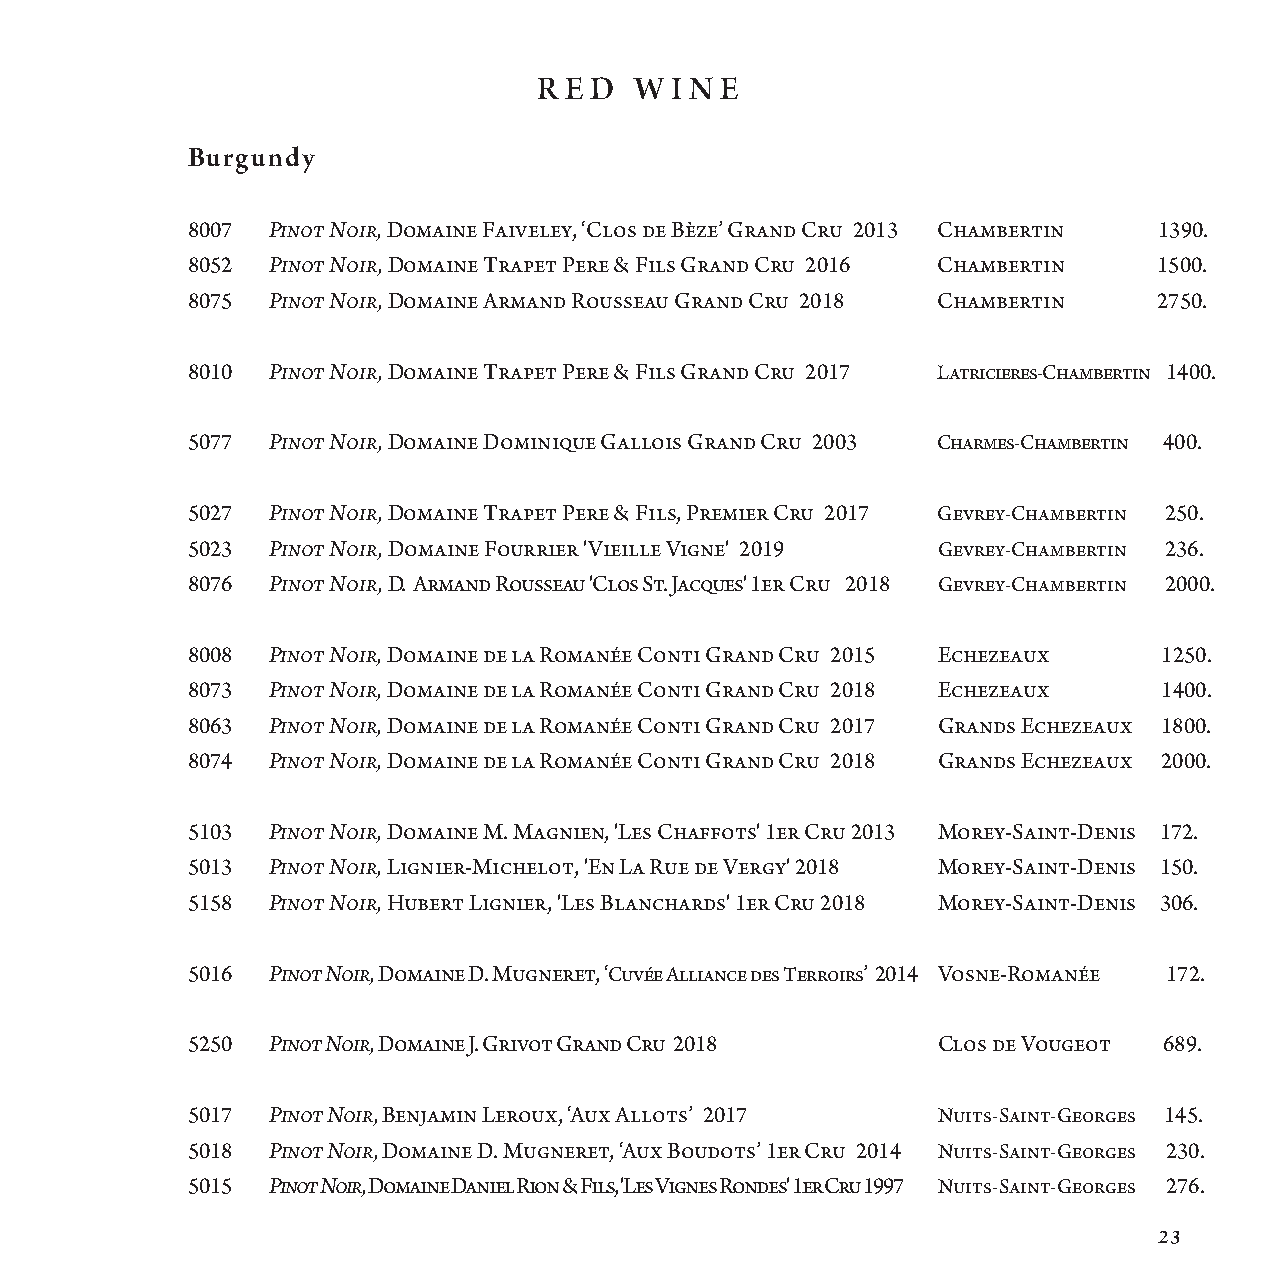
R E D W I N E
 Burgundy
 8007  Pinot Noir, Domaine Faiveley, ‘Clos de Bèze’ Grand Cru 2013 Cha mbertin 1390.
 8052  Pinot Noir, Domaine Trapet Pere & Fils Grand Cru 2016 Chambertin 1500.
 8075  Pinot Noir, Domaine Armand Rousseau Grand Cru 2018 Chambertin 2750.
 8010  Pinot Noir, Domaine Trapet Pere & Fils Grand Cru 2017 Latricieres-Chambertin 1400.
 5077  Pinot Noir, Domaine Dominique Gallois Grand Cru 2003 Charmes-Chambertin 400.
 5027  Pinot Noir, Domaine Trapet Pere & Fils, Premier Cru 2017 Gevrey-Chambertin 250.
 5023  Pinot Noir, Domaine Fourrier 'Vieille Vigne' 2019 Gevrey-Chambertin 236.
 8076  Pinot Noir, D. Armand Rousseau 'Clos St. Jacques' 1er Cru 2018 Gevrey-Chambertin 2000.
 8008  Pinot Noir, Domaine de la Romanée Conti Grand Cru 2015 Ech ezeaux 1250.
 8073  Pinot Noir, Domaine de la Romanée Conti Grand Cru 2018 Ech ezeaux 1400.
 8063  Pinot Noir, Domaine de la Romanée Conti Grand Cru 2017 Gra nds Echezeaux 1800.
 8074  Pinot Noir, Domaine de la Romanée Conti Grand Cru 2018 Gra nds Echezeaux 2000.
 5103  Pinot Noir, Domaine M. Magnien, 'Les Chaffots' 1er Cru 2013 Mo r ey-Saint-Denis 172.
 5013  Pinot Noir, Lignier-Michelot, 'En La Rue de Vergy' 2018 Mo r ey-Saint-Denis 150.
 5158  Pinot Noir, Hubert Lignier, 'Les Blanchards' 1er Cru 2018 Mo r ey-Saint-Denis 306.
 5016  Pinot Noir, Domaine D. Mugneret, ‘Cuvée Alliance des Terroirs’ 2014 Vosne-Romanée 172.
 5250  Pinot Noir, Domaine J. Grivot Grand Cru 2018 Clos de Vougeot 689.
 5017  Pinot Noir, Benjamin Leroux, ‘Aux Allots’ 2017 N uits-Saint-Georges 145.
 5018  Pinot Noir, Domaine D. Mugneret, ‘Aux Boudots’ 1er Cru 2014 Nui t s-Saint-Georges 230.
 5015  Pinot Noir, Domaine Daniel Rion & Fils, 'Les Vignes Rondes' 1er Cru 1997 Nui t s-Saint-Georges 276.
 23